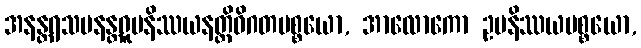
အနန္တရသမနန္တရူပနိဿယနတ္ထိဝိဂတပစ္စယော, အာလောကော ဥပနိဿယပစ္စယော,